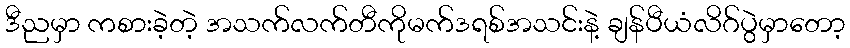
ဒီညမှာ ကစားခဲ့တဲ့ အသက်လက်တီကိုမက်ဒရစ်အသင်းနဲ့ ချန်ပီယံလိဂ်ပွဲမှာတော့